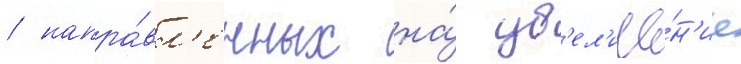
/ напра́вл'енных на́ ув'ел'иче́н'ие